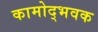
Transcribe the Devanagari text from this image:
कामोद्भवक